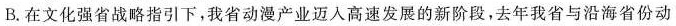
B.在文化强省战略指引下，我省动漫产业迈入高速发展的新阶段，去年我省与沿海省份动